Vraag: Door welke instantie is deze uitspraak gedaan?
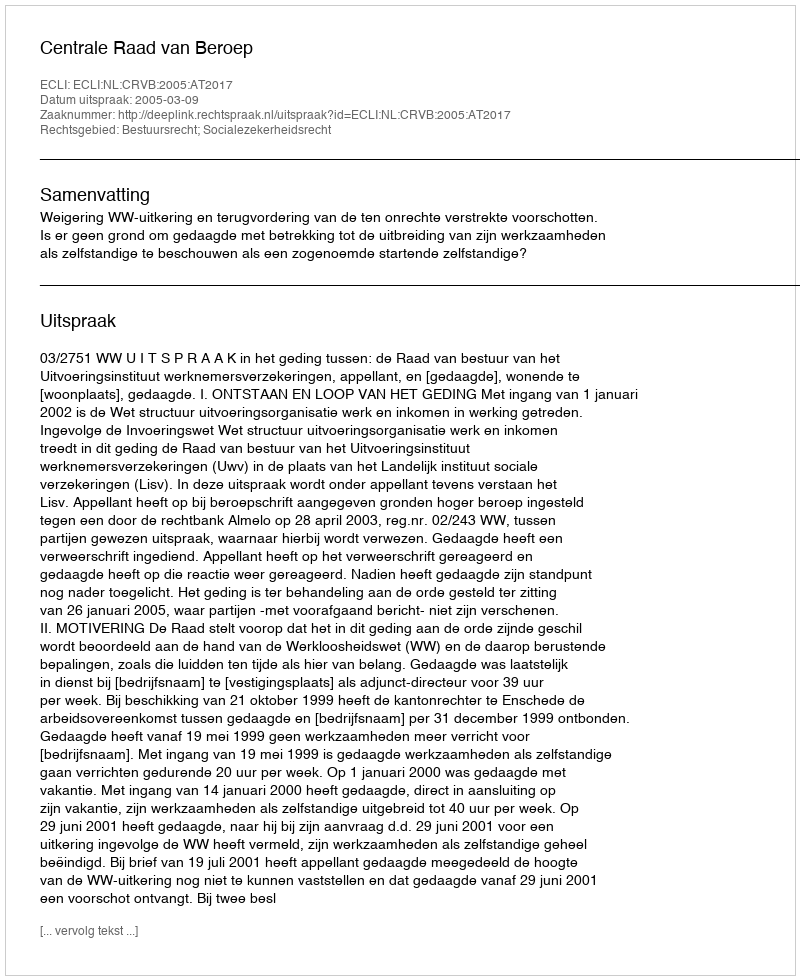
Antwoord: Centrale Raad van Beroep